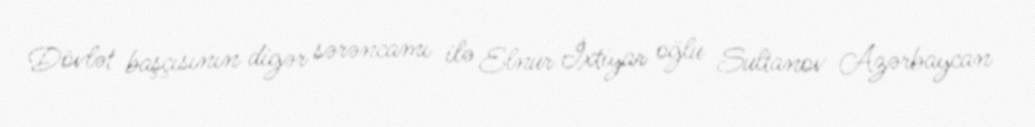
Dövlət başçısının digər sərəncamı ilə Elnur İxtiyar oğlu Sultanov Azərbaycan